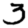
Digit: 3